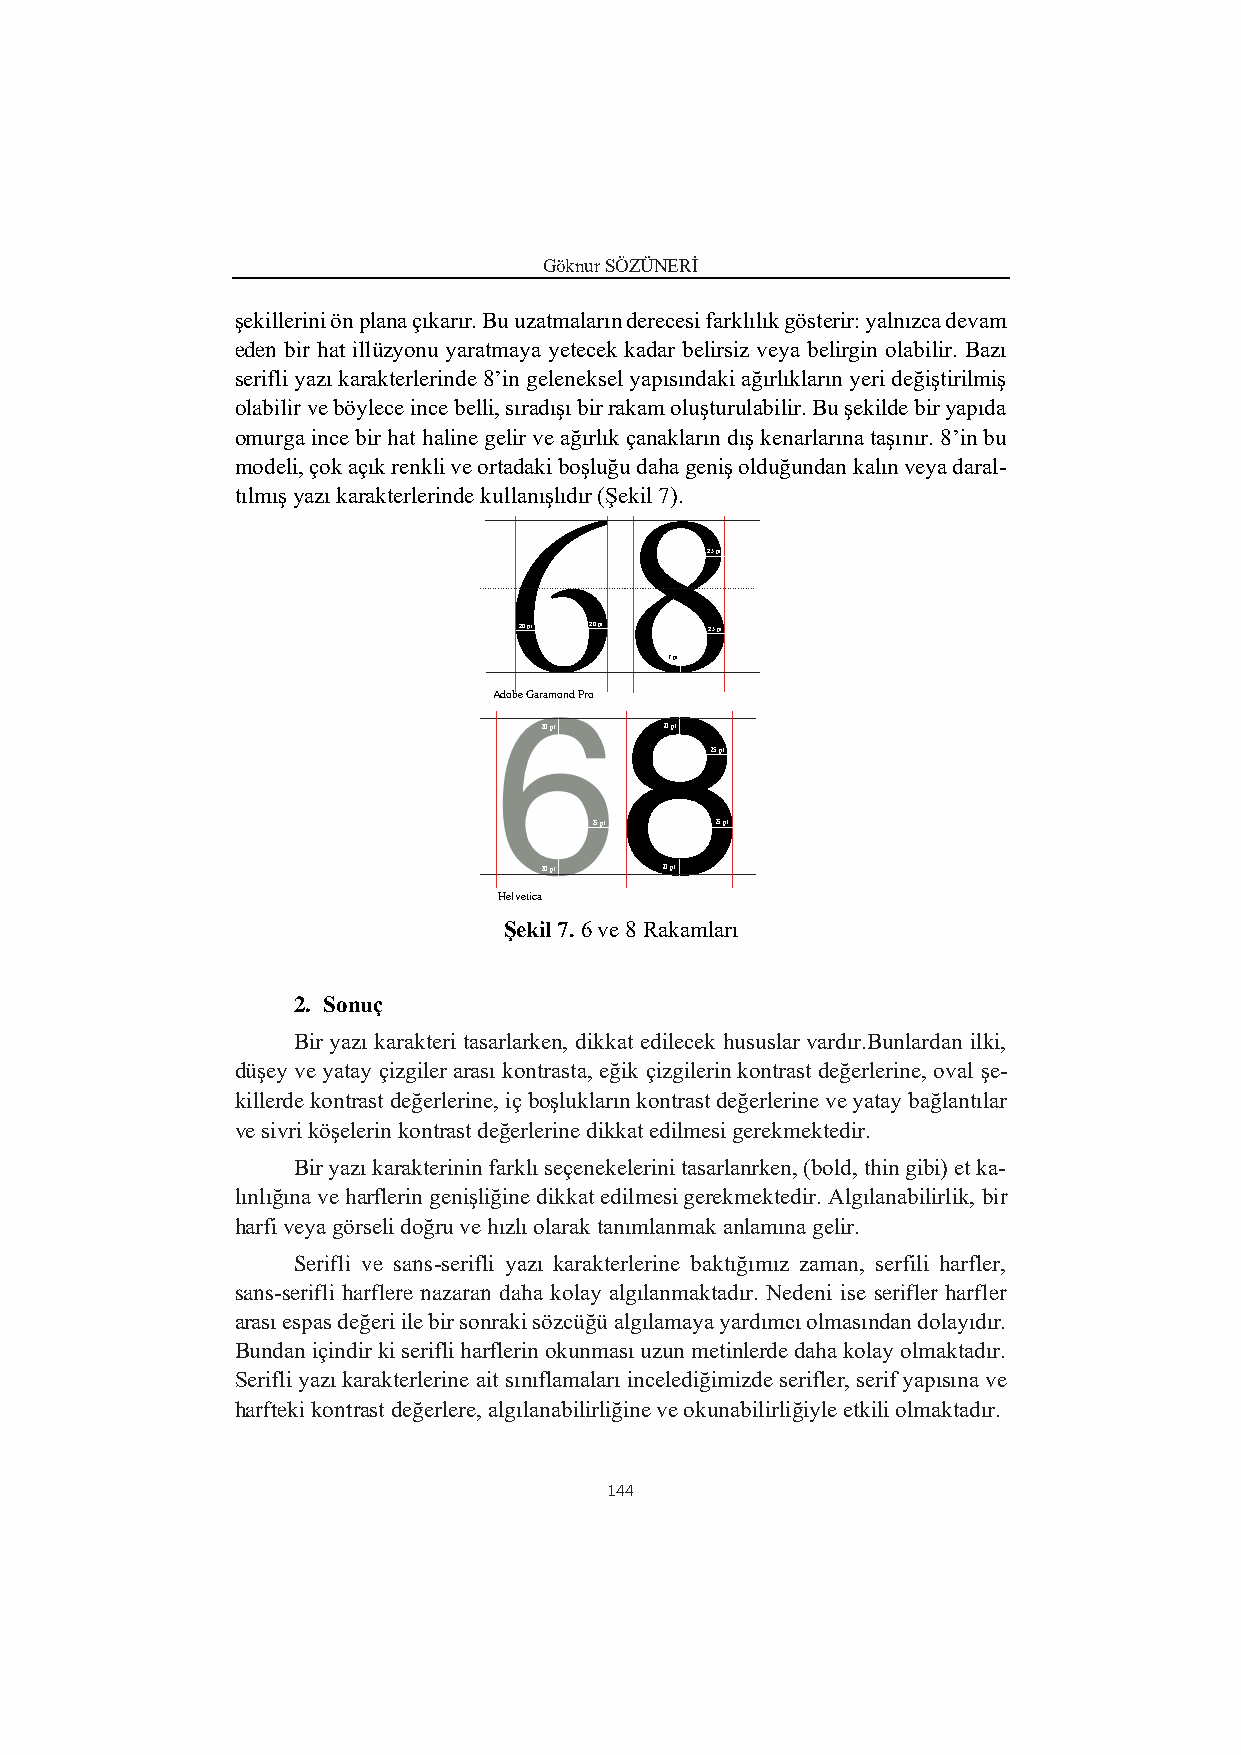
Göknur SÖZÜNERİ
 şekillerini ön plana çıkarır. Bu uzatmaların derecesi farklılık gösterir: yalnızca devam
 eden bir hat illüzyonu yaratmaya yetecek kadar belirsiz veya belirgin olabilir. Bazı
 serifli yazı karakterlerinde 8’in geleneksel yapısındaki ağırlıkların yeri değiştirilmiş
 olabilir ve böylece ince belli, sıradışı bir rakam oluşturulabilir. Bu şekilde bir yapıda
 omurga ince bir hat haline gelir ve ağırlık çanakların dış kenarlarına taşınır. 8’in bu
 modeli, çok açık renkli ve ortadaki boşluğu daha geniş olduğundan kalın veya daral-
 tılmış yazı karakterlerinde kullanışlıdır (Şekil 7).
 25 pt
 20 pt 20 pt  25 pt
 7 pt
 Adobe Garamond Pro
 20 pt   20 pt
 25 pt
 25 pt   25 pt
 20 pt   20 pt
 Helvetica
 Şekil 7. 6 ve 8 Rakamları
 2. Sonuç
 Bir yazı karakteri tasarlarken, dikkat edilecek hususlar vardır.Bunlardan ilki,
 düşey ve yatay çizgiler arası kontrasta, eğik çizgilerin kontrast değerlerine, oval şe-
 killerde kontrast değerlerine, iç boşlukların kontrast değerlerine ve yatay bağlantılar
 ve sivri köşelerin kontrast değerlerine dikkat edilmesi gerekmektedir.
 Bir yazı karakterinin farklı seçenekelerini tasarlanrken, (bold, thin gibi) et ka-
 lınlığına ve harflerin genişliğine dikkat edilmesi gerekmektedir. Algılanabilirlik, bir
 harfi veya görseli doğru ve hızlı olarak tanımlanmak anlamına gelir.
 Serifli ve sans-serifli yazı karakterlerine baktığımız zaman, serfili harfler,
 sans-serifli harflere nazaran daha kolay algılanmaktadır. Nedeni ise serifler harfler
 arası espas değeri ile bir sonraki sözcüğü algılamaya yardımcı olmasından dolayıdır.
 Bundan içindir ki serifli harflerin okunması uzun metinlerde daha kolay olmaktadır.
 Serifli yazı karakterlerine ait sınıflamaları incelediğimizde serifler, serif yapısına ve
 harfteki kontrast değerlere, algılanabilirliğine ve okunabilirliğiyle etkili olmaktadır.
 144